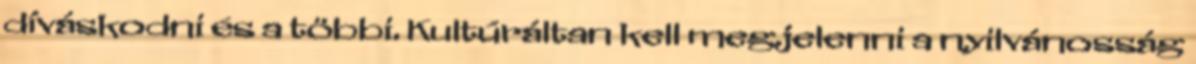
díváskodni és a többi. Kultúráltan kell megjelenni a nyilvánosság